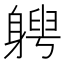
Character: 𨉯